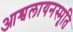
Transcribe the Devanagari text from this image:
आश्वलायनस्मृति